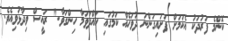
ކޮންމެ ފަރުދަކު އެކަމަށް ފަށައިގަންނަ ދުވަހެއް ކަމުގައި ހައްދަވަމާ ހިންގަވާ." ރައީސް ވިދާޅުވިއެވެ.